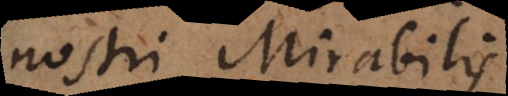
nostri Mirabilis